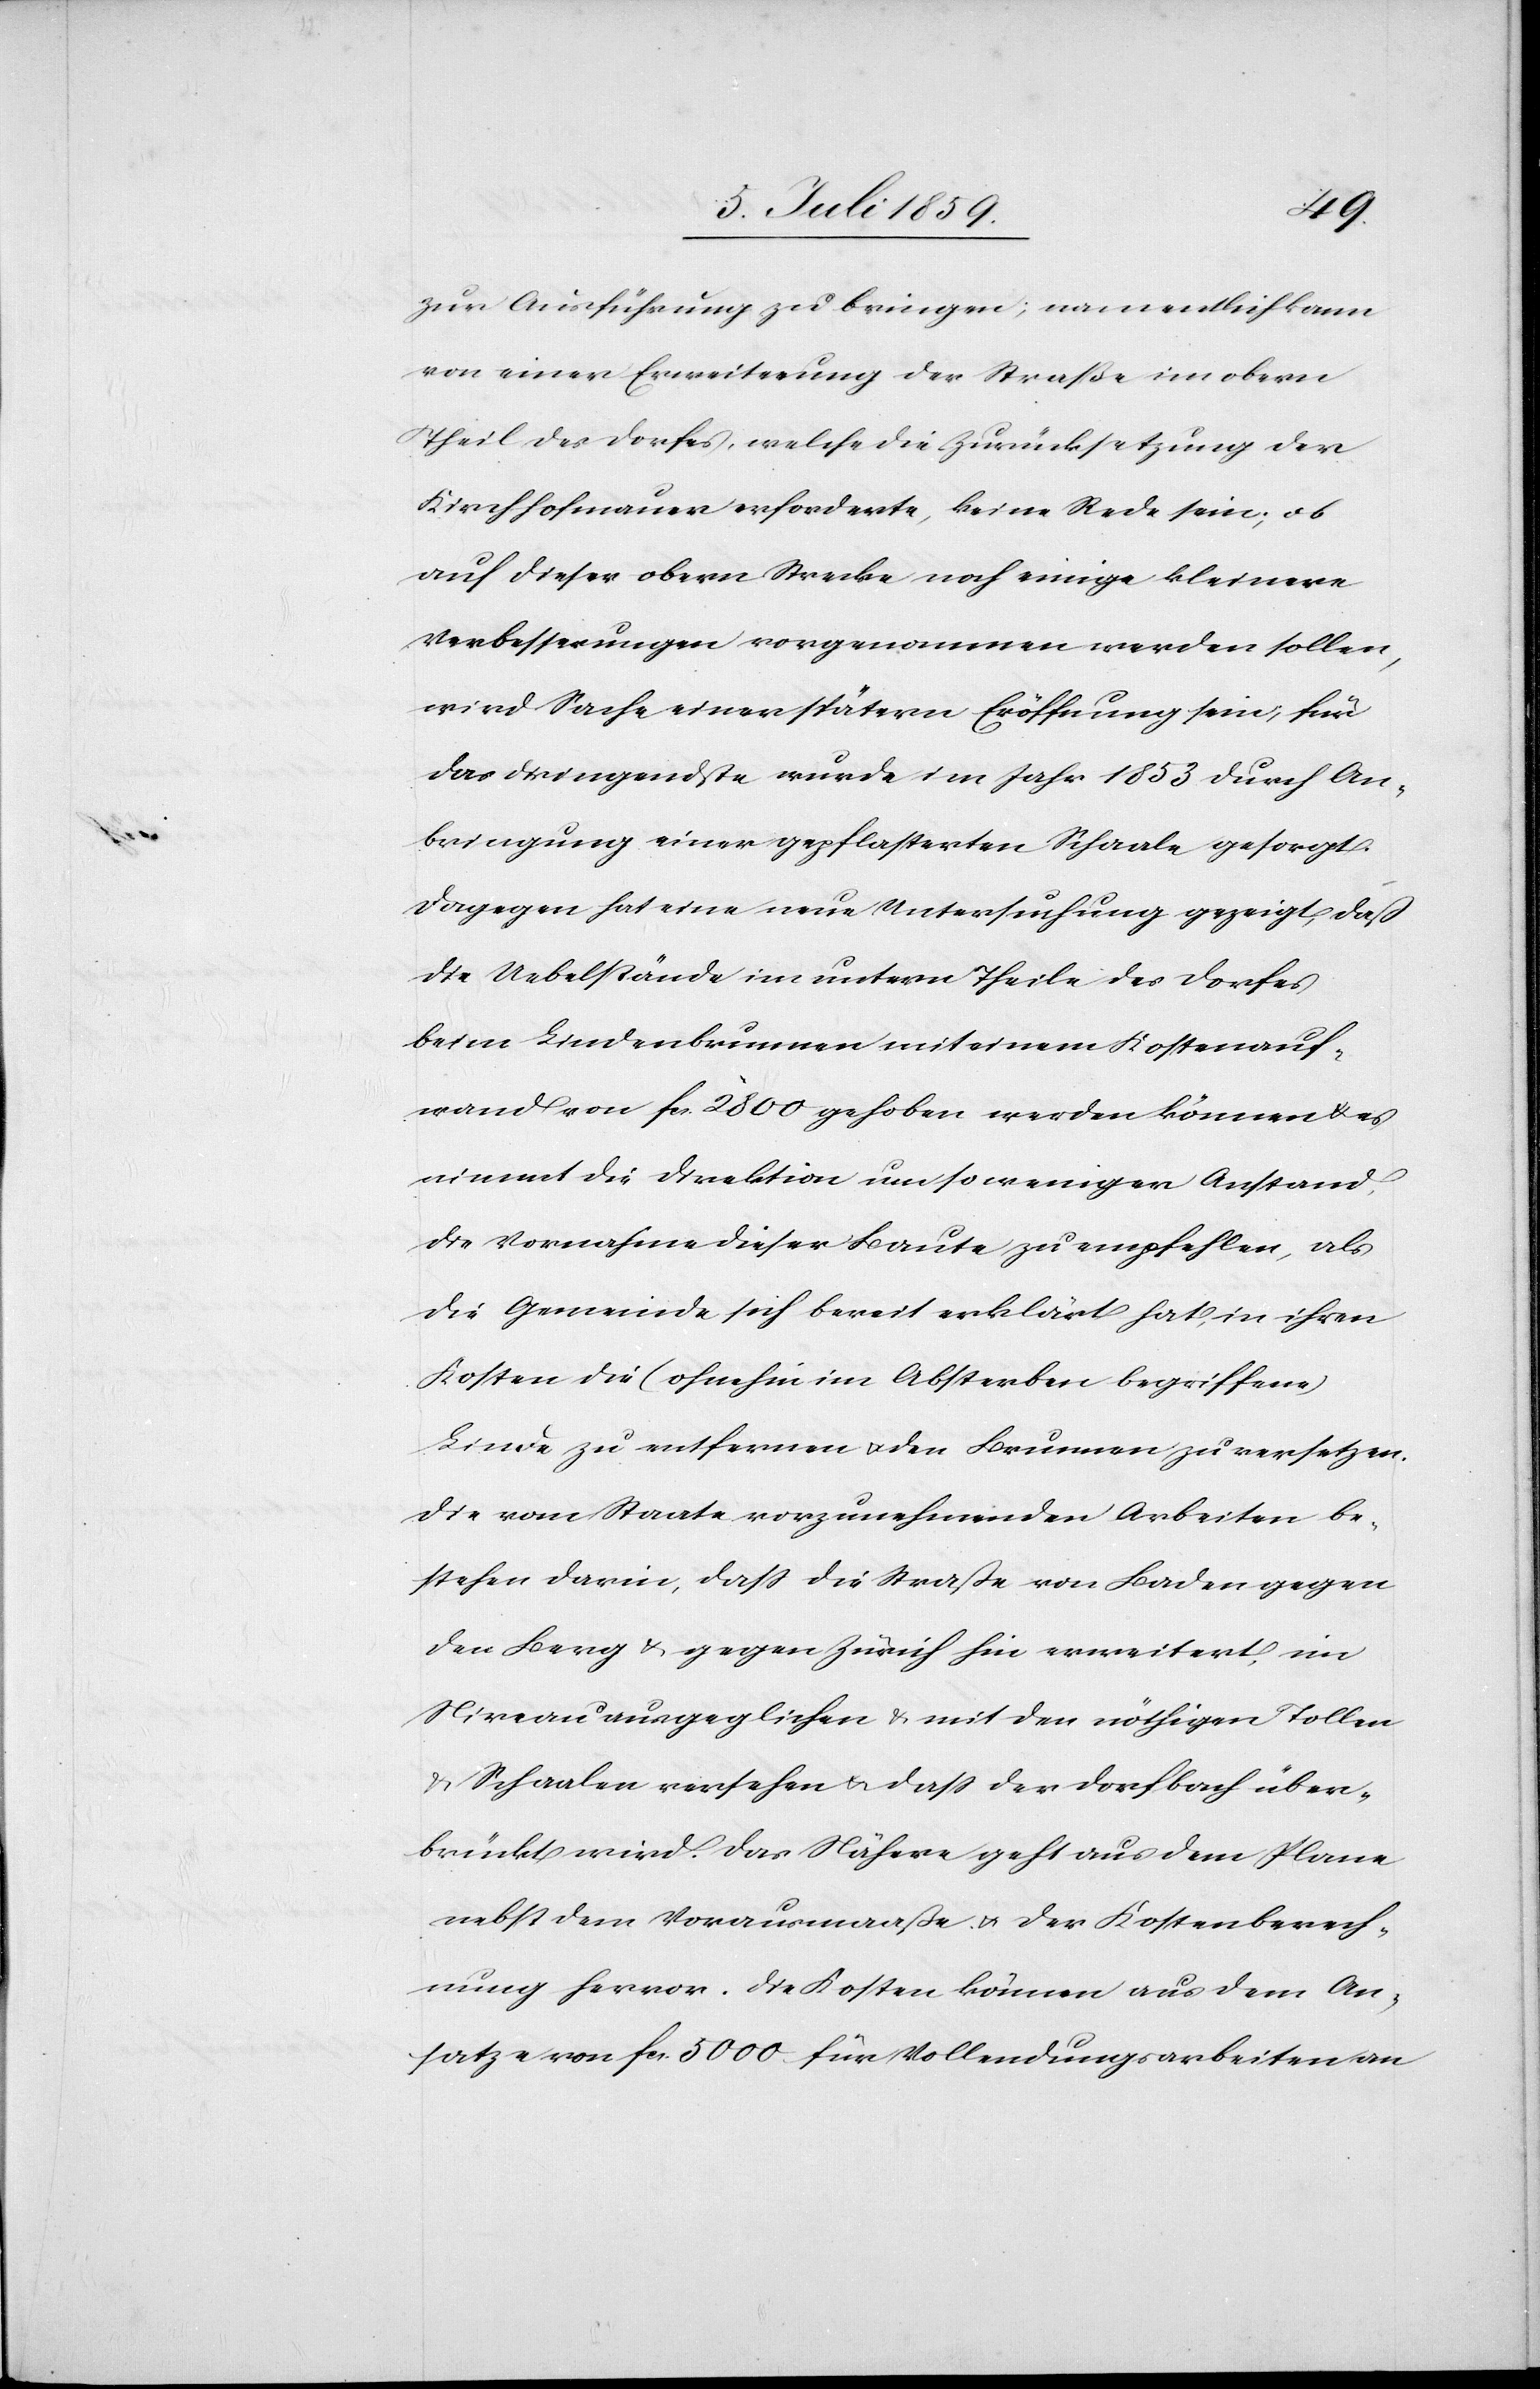
zu Ausführung zu bringen; namentlich kann
von einer Erweiterung der Straße im obern
Theil des Dorfes, welche die Zurücksetzung der
Kirchhofmauer erforderte, keine Rede sein; ob
auf dieser obern Strecke noch einige kleinere
Verbesserungen vorgenommen werden sollen,
wird Sache einer spätern Eröffnung sein, für
das dringendste wurde im Jahr 1853 durch An¬
bringung einer gepflasterten Schaale gesorgt.
Dagegen hat eine neue Untersuchung gezeigt, daß
die Uebelstände im untern Theile des Dorfes
beim Lindenbrunnen mit einem Kostenauf¬
wand von fcs. 2800 gehoben werden können u. es
nimmt die Direktion umso weniger Anstand,
die Vornahme dieser Baute zu empfehlen, als
die Gemeinde sich bereit erklärt hat, in ihren
Kosten die (ohnehin im Absterben begriffene)
Linde zu entfernen u. den Brunnen zu versetzen.
Die vom Staate vorzunehmenden Arbeiten be¬
stehen darin, daß die Straße von Baden gegen
den Berg u. gegen Zürich hin erweitert, im
Niveau ausgeglichen u. mit den nöthigen Tollen
u. Schaalen versehen u. daß der Dorfbach über¬
brückt wird. Das Nähere geht aus dem Plane
nebst dem Vorausmaaße u. der Kostenberech¬
nung hervor. Die Kosten können aus dem An¬
satz von fcs. 5000 für Vollendungsarbeiten an